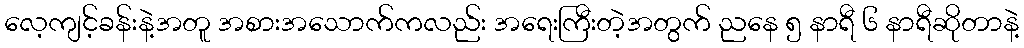
လေ့ကျင့်ခန်းနဲ့အတူ အစားအသောက်ကလည်း အရေးကြီးတဲ့အတွက် ညနေ ၅ နာရီ ၆ နာရီဆိုတာနဲ့